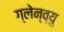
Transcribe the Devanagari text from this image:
ग्लेन्व्यु